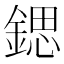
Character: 鍶